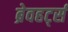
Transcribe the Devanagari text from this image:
ब्रेवहर्ट्स